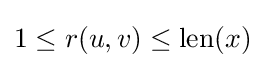
1\leq r(u,v)\leq \mathrm {len} (x)